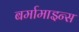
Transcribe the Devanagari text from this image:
बर्मामाइन्स